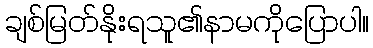
ချစ်မြတ်နိုးရသူ၏နာမကိုပြောပါ။